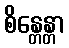
စိန္တေန္တာ